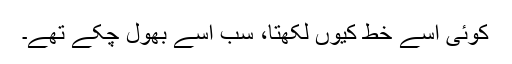
کوئی اسے خط کیوں لکھتا، سب اسے بھول چکے تھے۔